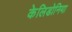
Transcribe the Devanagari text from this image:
केलिडोनिया